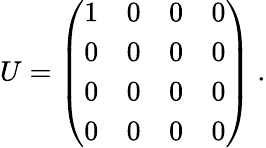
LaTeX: U=\left(\begin{array}{cccc}{{1}}&{{0}}&{{0}}&{{0}}\\ {{0}}&{{0}}&{{0}}&{{0}}\\ {{0}}&{{0}}&{{0}}&{{0}}\\ {{0}}&{{0}}&{{0}}&{{0}}\end{array}\right)~.